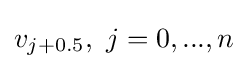
v_{j+0.5},\ j=0,...,n